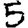
Digit: 5